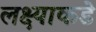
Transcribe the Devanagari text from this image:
लक्ष्याकडे